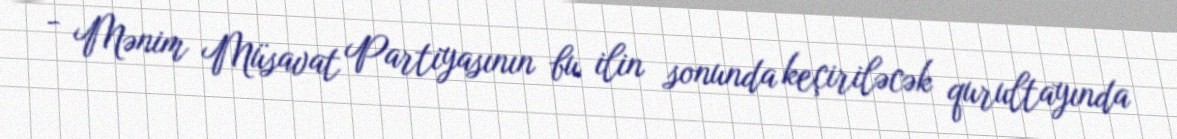
- Mənim Müsavat Partiyasının bu ilin sonunda keçiriləcək qurultayında